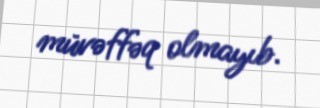
müvəffəq olmayıb.